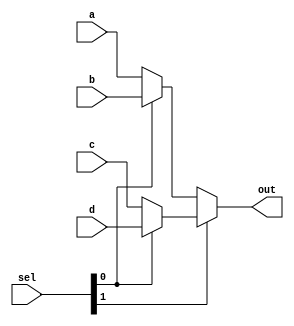
`timescale 1ns / 1ns

module mux4x1(a,b,c,d,sel,out);

input [31:0] a,b,c,d;
input [1:0] sel;
output[31:0] out;

assign out = sel[1]?(sel[0]?d:c):(sel[0]?b:a);


endmodule